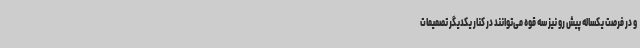
و در فرصت یکساله پیش رو نیز سه قوه می‌توانند در کنار یکدیگر تصمیمات